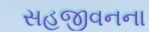
સહજીવનના